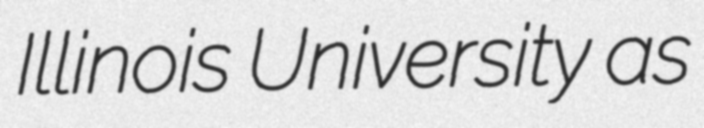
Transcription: Illinois University as